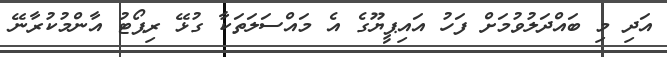
އަދި މި ބައްދަލުވުމަށް ފަހު އައިޕީޔޫގެ އެ މައްސަލަތަކާ ގުޅޭ ރިޕޯޓު އާންމުކުރާނޭ